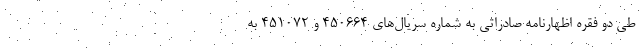
طی دو فقره اظهارنامه صادراتی به شماره سریال‌های ۴۵۰۶۶۴ و ۴۵۱۰۷۲ به